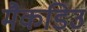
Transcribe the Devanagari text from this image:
मैकडिउ